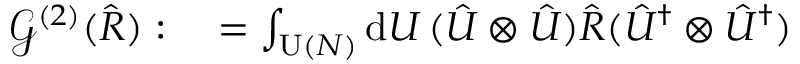
\begin{array} { r l } { \mathcal { G } ^ { ( 2 ) } ( \hat { R } ) : } & { { } = \int _ { \operatorname { U } ( N ) } \mathrm { d } U \, ( \hat { U } \otimes \hat { U } ) \hat { R } ( \hat { U } ^ { \dag } \otimes \hat { U } ^ { \dag } ) } \end{array}